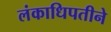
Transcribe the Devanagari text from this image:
लंकाधिपतीने